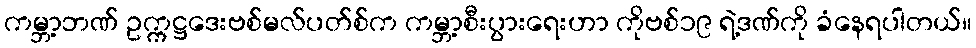
ကမ္ဘာ့ဘဏ် ဥက္ကဋ္ဌဒေးဗစ်မလ်ပတ်စ်က ကမ္ဘာ့စီးပွားရေးဟာ ကိုဗစ်၁၉ ရဲ့ဒဏ်ကို ခံနေရပါတယ်။